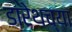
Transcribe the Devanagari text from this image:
डारेथच्या